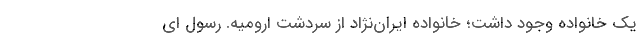
یک خانواده وجود داشت؛ خانواده ایران‌نژاد از سردشت ارومیه. رسول ای